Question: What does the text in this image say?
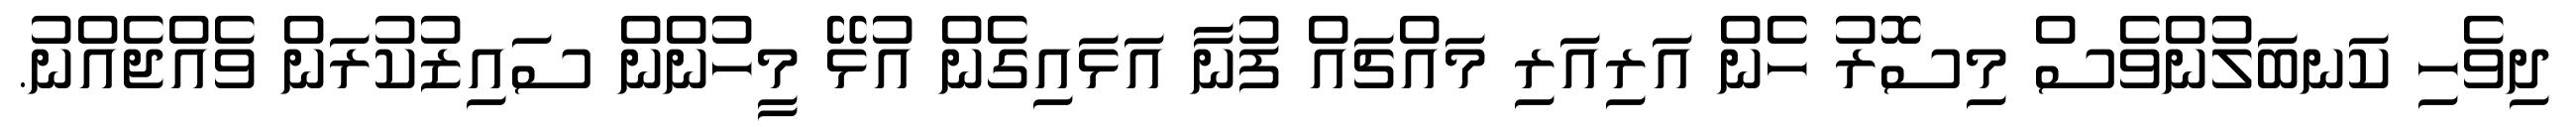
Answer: ދިވެހި ކަނބަލުންވެސް މިސޮރު ހެން އަރިއަރި މައްޗައް ފުނާ އަޅައިގެން އުޅޭ މީހުންން ސައިޒުކުރަން ވެއްޖެއްނު.